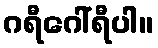
ဂရီဂေါ်ရီပါ။